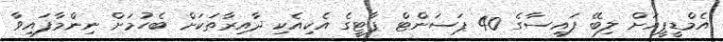
އެމްޑީޕީއަށް ލިބޭ ފައިސާގެ 40 ޕަސަންޓް ޕާޓީގެ އެކިއެކި ދާއިރާތަކަށް ބެހުމަށް ނިންމާފައިވާ